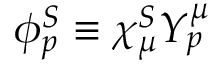
\phi _ { p } ^ { S } \equiv \chi _ { \mu } ^ { S } Y _ { p } ^ { \mu }